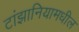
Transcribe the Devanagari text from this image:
टांझानियामधील